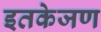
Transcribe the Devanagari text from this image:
इतकेजण